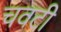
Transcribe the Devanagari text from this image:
चवटी